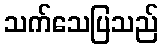
သက်သေပြသည်